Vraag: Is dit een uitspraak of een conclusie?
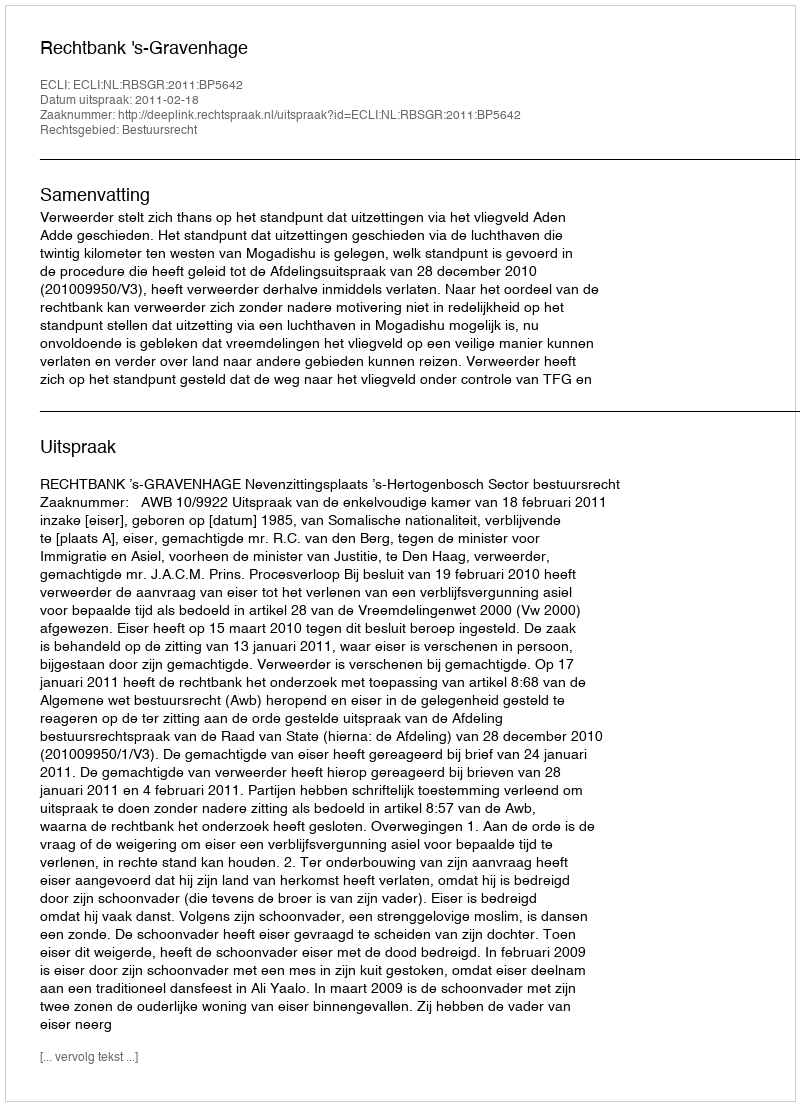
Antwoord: Uitspraak